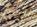
حسنا